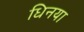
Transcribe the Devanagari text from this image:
धिनया